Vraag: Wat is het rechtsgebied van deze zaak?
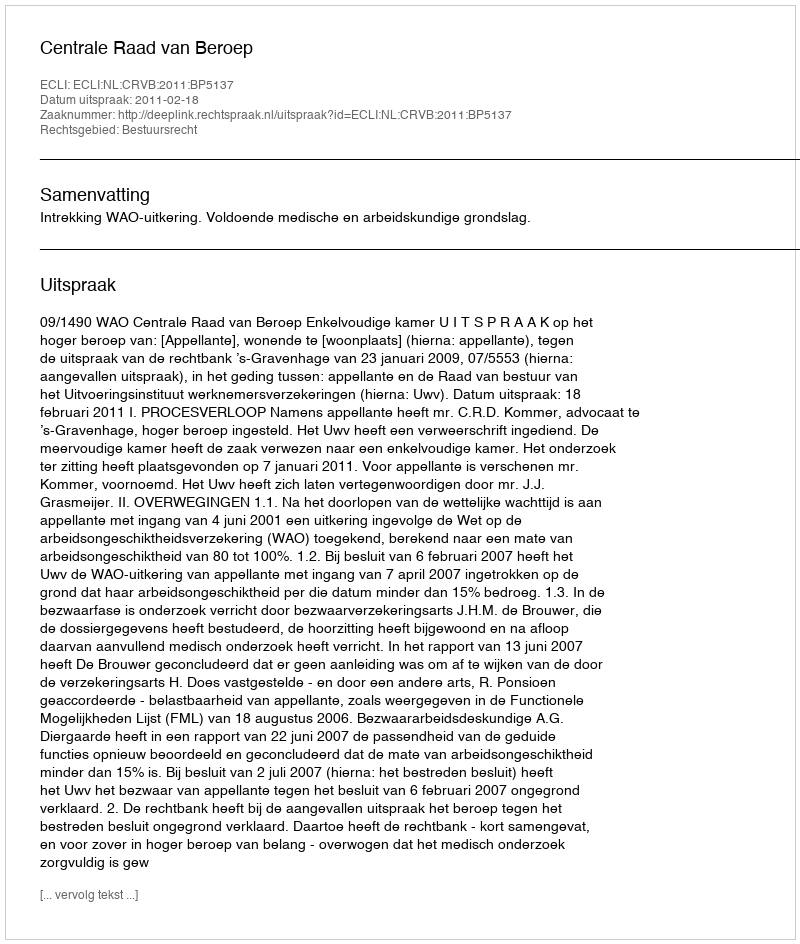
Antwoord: Bestuursrecht